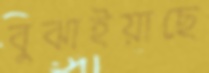
বুঝাইয়াছে